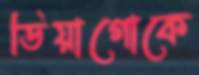
ডিয়াগোকে